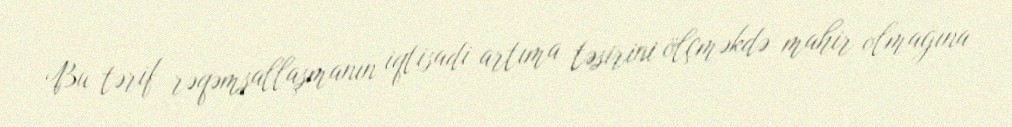
Bu tərif rəqəmsallaşmanın iqtisadi artıma təsirini ölçməkdə mahir olmağına